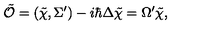
\tilde { \cal O } = ( \tilde { \chi } , \Sigma ^ { \prime } ) - i \hbar \Delta \tilde { \chi } = \Omega ^ { \prime } \tilde { \chi } ,